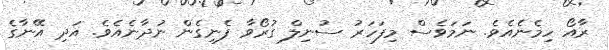
ރާއޯ ހިމެނެއެވެ. ނަމަވެސް މިފަހަރު ސުނިލް ގުރޯވާ ފެނިގެން ނުދާނެއެވެ. އަދި އޭނާގެ